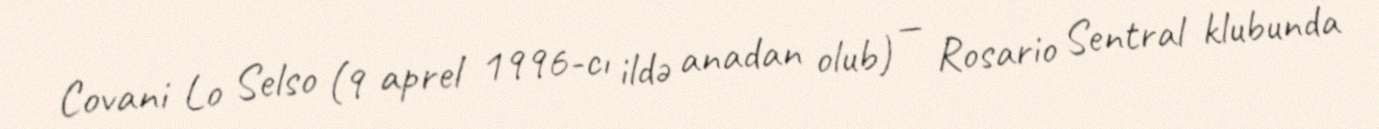
Covani Lo Selso (9 aprel 1996-cı ildə anadan olub) — Rosario Sentral klubunda